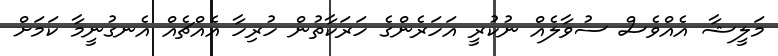
މަލީޝާ އެއްވެސް ސުވާލެއް ނުކުރީ އަހަރެންގެ ހަރަކާތުން ހުރިހާ އެއްޗެއް އެނގުނީމާ ކަމަށް